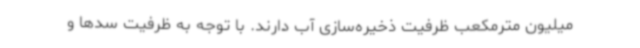
میلیون مترمکعب ظرفیت ذخیره‌سازی آب دارند. با توجه به ظرفیت سدها و